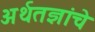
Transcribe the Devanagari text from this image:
अर्थतज्ञांचे